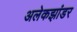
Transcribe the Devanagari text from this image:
अलेकझांडर